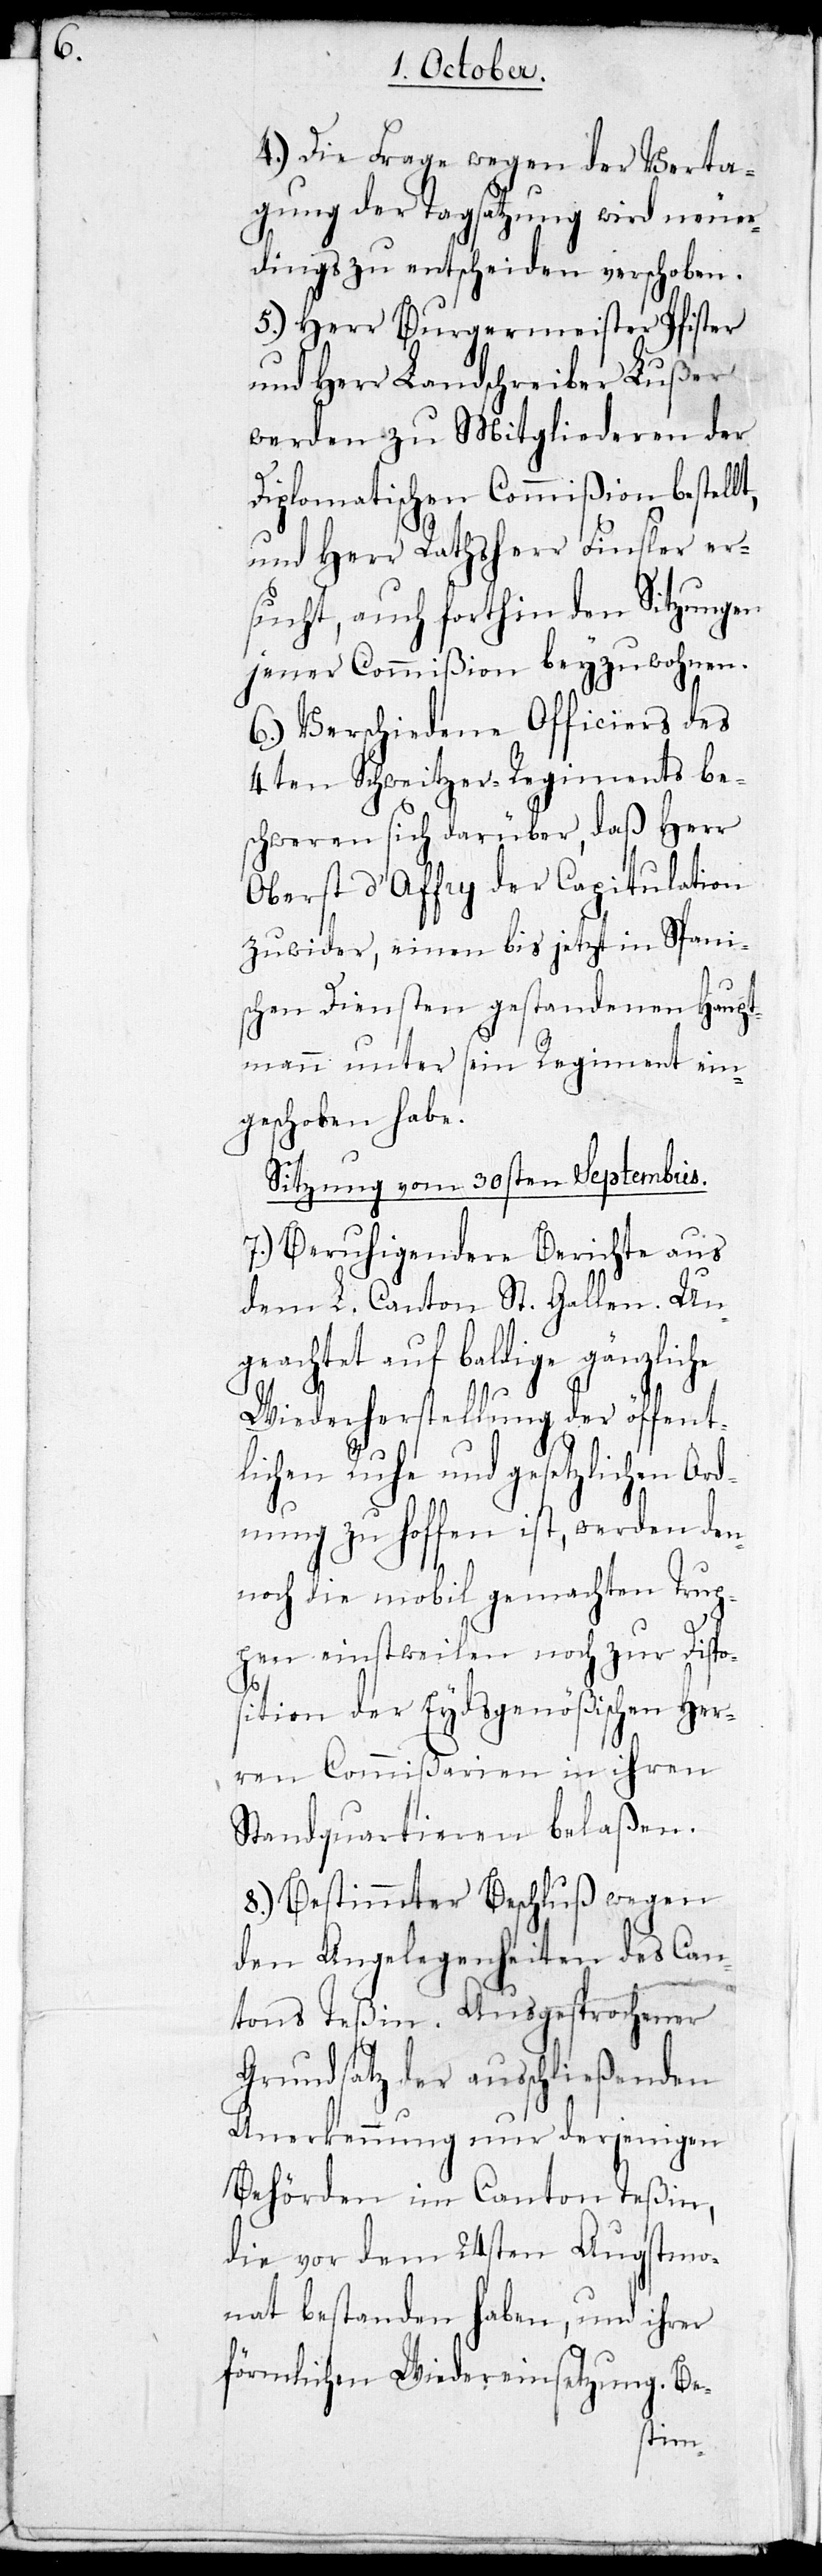
t,

4.) Die Frage wegen der Verta¬
gung der Tagsatzung wird neuer¬
dings zu entscheiden verschoben.
5.) Herr Burgermeister Pfister
und Herr Landschreiber Lußer
werden zu Mitgliederen der
Diplomatischen Commißion bestell¬
und Herr Rathsherr Finsler er¬
sucht, auch forthin den Sitzungen
jener Commißion beyzuwohnen.
6.) Verschiedene Officiers des
4ten Schweizer-Regiments be¬
schweren sich darüber, daß Herr
Oberst D’Affry der Capitulation
zuwider, einen bis jetzt in Spani¬
schen Diensten gestandenen Haupt¬
mann unter sein Regiment ein¬
geschoben habe.
Sitzung vom 30sten Septembris.
7.) Beruhigendere Berichte aus
dem L. Canton St. Gallen. Un¬
geachtet auf baldige gänzliche
Wiederherstellung der öffent¬
lichen Ruhe und gesetzlichen Or¬
dnung zu hoffen ist, werden den¬
noch die mobil gemachten Trup¬
pen einstweilen noch zur Dispo¬
sition der Eydsgenößischen Her¬
ren Commißarien in ihren
Standquartieren belaßen.
8.) Bestimmter Beschluß wegen
den Angelegenheiten des Can¬
tons Teßin. Ausgesprochener
Grundsatz der ausschließenden
Anerkennung nur derjenigen
Behörden im Canton Teßin,
die vor dem 24sten Augstmo¬
nat bestanden haben, und ihrer
förmlichen Wiedereinsetzung. Be-